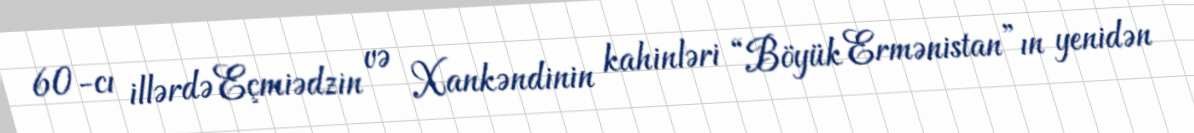
60-cı illərdə Eçmiədzin və Xankəndinin kahinləri “Böyük Ermənistan”ın yenidən